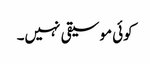
کوئی موسیقی نہیں۔